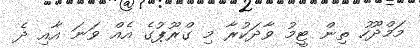
މަމްދޫހު ތިން ޓީމު ވާދަކުރާ މި ގްރޫޕުގެ އެއް ވަނަ އާއި ދެ